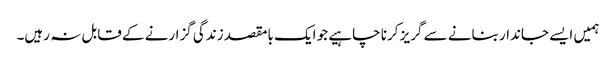
ہمیں ایسے جاندار بنانے سے گریز کرنا چاہیے جو ایک بامقصد زندگی گزارنے کے قابل نہ رہیں۔